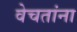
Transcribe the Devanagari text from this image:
वेचतांना